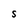
Character: S